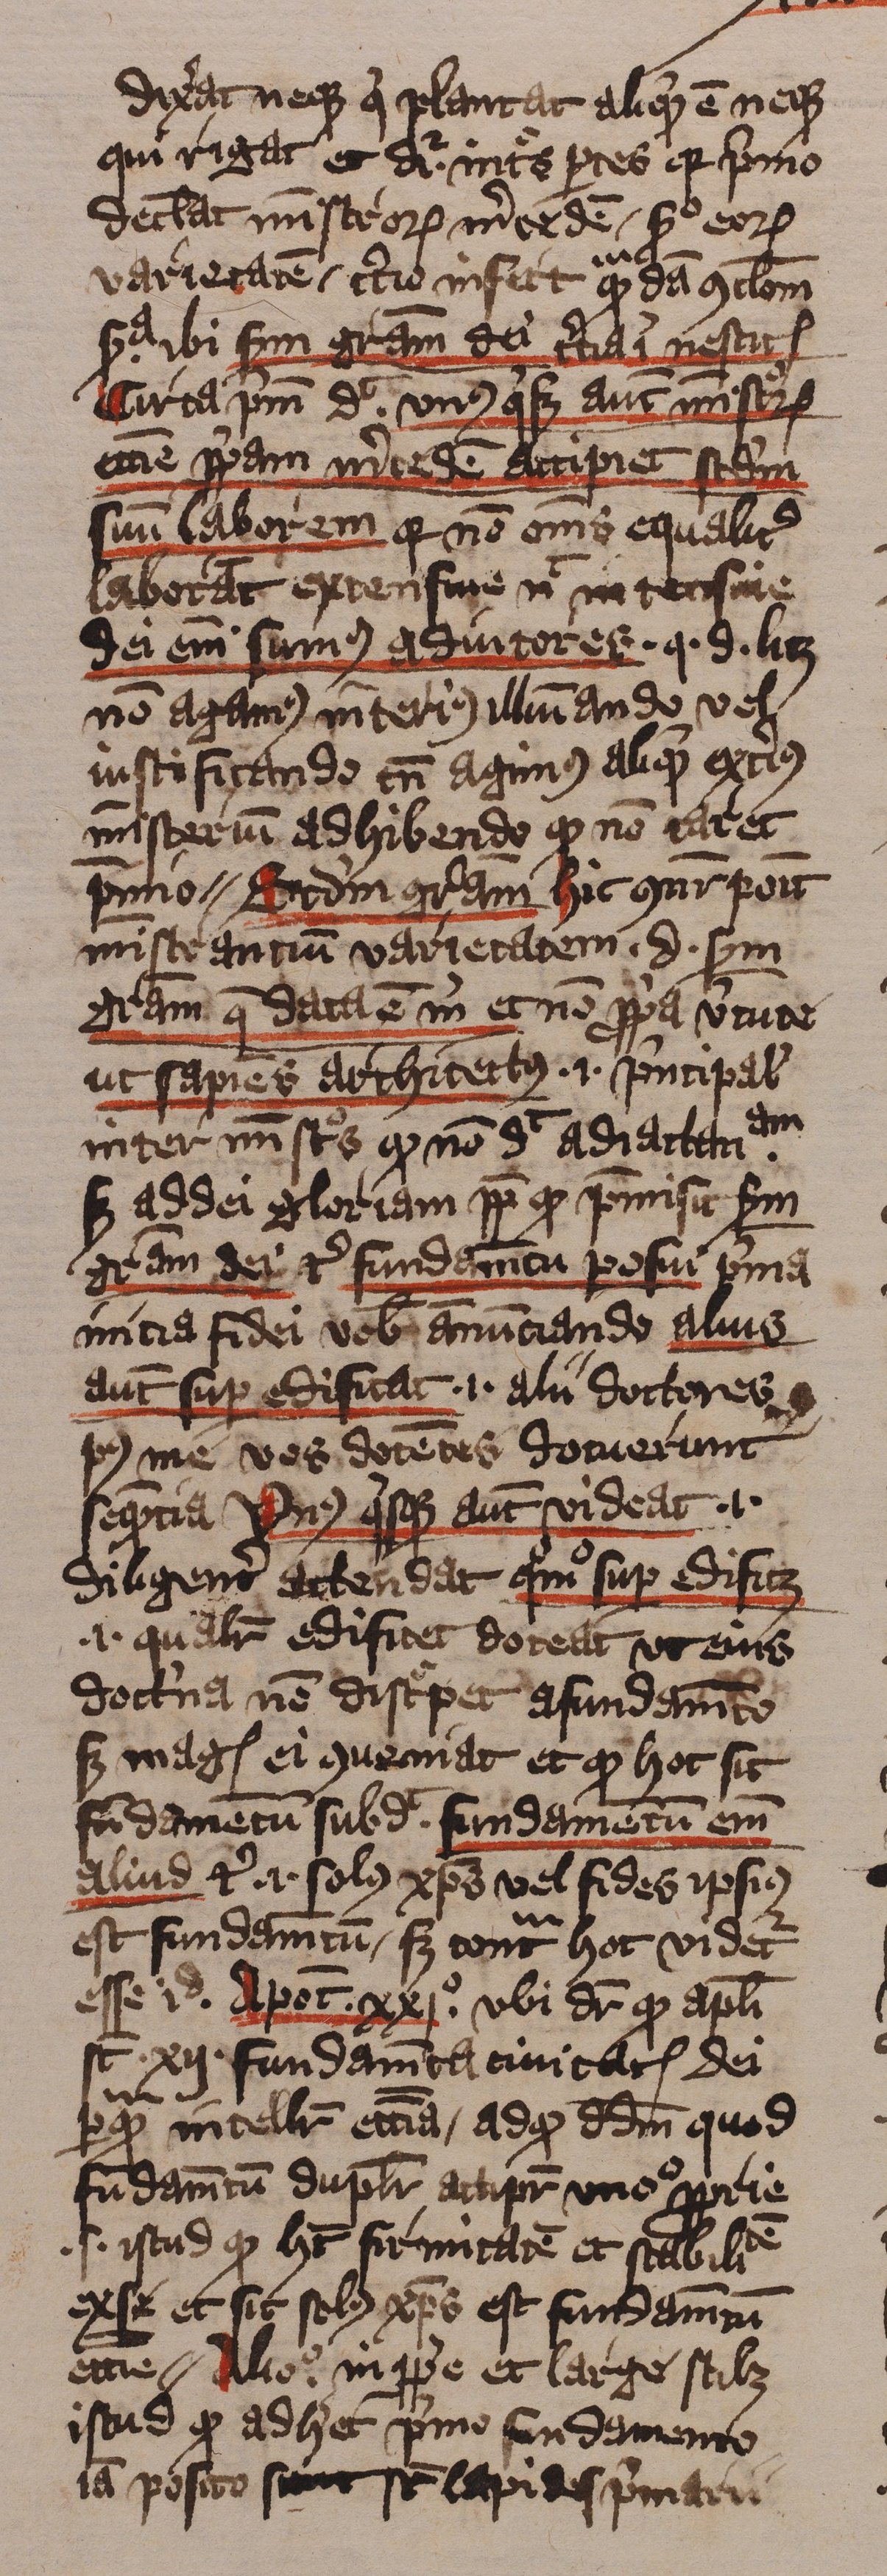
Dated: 1413–1415